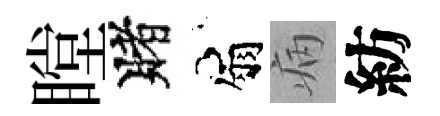
瞠賭扇病紡